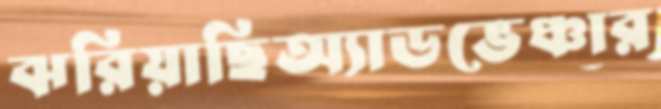
ঝরিয়াছিঅ্যাডভেঞ্চার